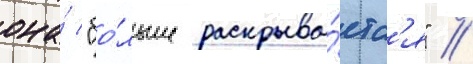
она́ "бо́льше раскрыва́етс'я" //